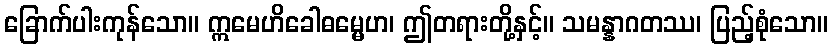
ခြောက်ပါးကုန်သော။ ဣမေဟိခေါဓမ္မေဟ၊ ဤတရားတို့နှင့်။ သမန္နာဂတဿ၊ ပြည့်စုံသော။